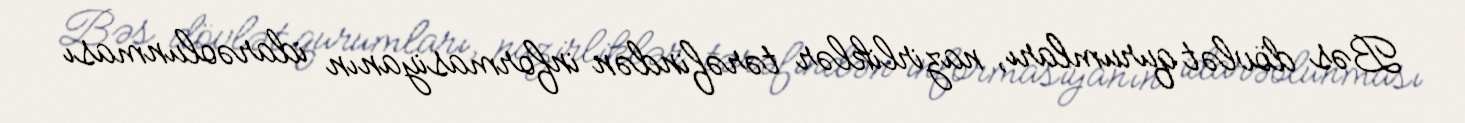
Bəs dövlət qurumları, nazirliklər tərəfindən informasiyanın idarəolunması